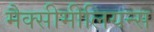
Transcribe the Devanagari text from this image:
मैक्सीमीलियन्स